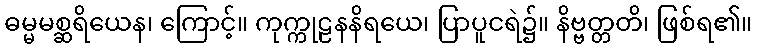
ဓမ္မမစ္ဆရိယေန၊ ကြောင့်။ ကုက္ကုဠနနိရယေ၊ ပြာပူငရဲ၌။ နိဗ္ဗတ္တတိ၊ ဖြစ်ရ၏။